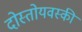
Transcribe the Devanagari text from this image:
दोस्तोयवस्की